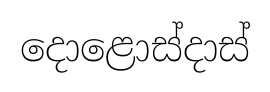
දොළොස්දාස්